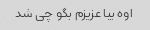
اوه بیا عزیزم بگو چی شد